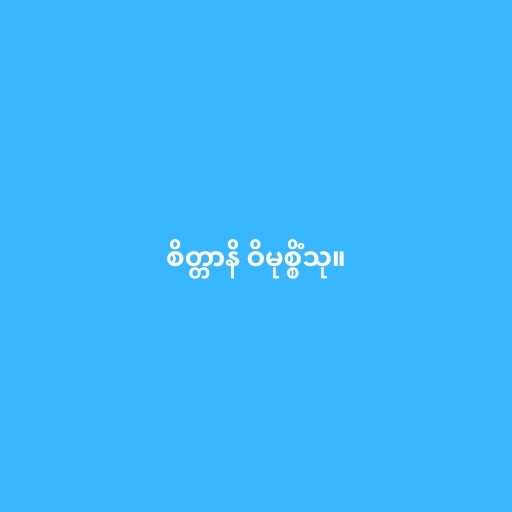
စိတ္တာနိ ဝိမုစ္စိံသု။